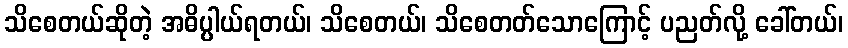
သိစေတယ်ဆိုတဲ့ အဓိပ္ပါယ်ရတယ်၊ သိစေတယ်၊ သိစေတတ်သောကြောင့် ပညတ်လို့ ခေါ်တယ်၊